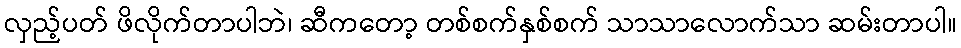
လှည့်ပတ် ဖိလိုက်တာပါဘဲ၊ ဆီကတော့ တစ်စက်နှစ်စက် သာသာလောက်သာ ဆမ်းတာပါ။